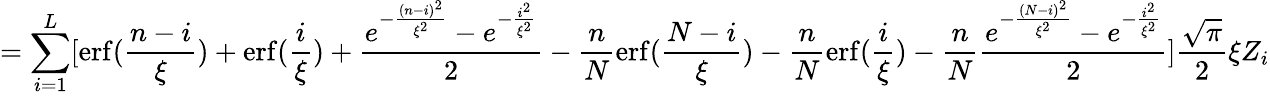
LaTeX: =\sum_{i=1}^{L}[\operatorname{erf}(\frac{n-i}{\xi})+\operatorname{erf}(\frac{i}{\xi})+\frac{e^{-\frac{(n-i)^{2}}{\xi^{2}}}-e^{-\frac{i^{2}}{\xi^{2}}}}{2}-\frac{n}{N}\operatorname{erf}(\frac{N-i}{\xi})-\frac{n}{N}\operatorname{erf}(\frac{i}{\xi})-\frac{n}{N}\frac{e^{-\frac{(N-i)^{2}}{\xi^{2}}}-e^{-\frac{i^{2}}{\xi^{2}}}}{2}]\frac{\sqrt{\pi}}{2}\xi Z_{i}